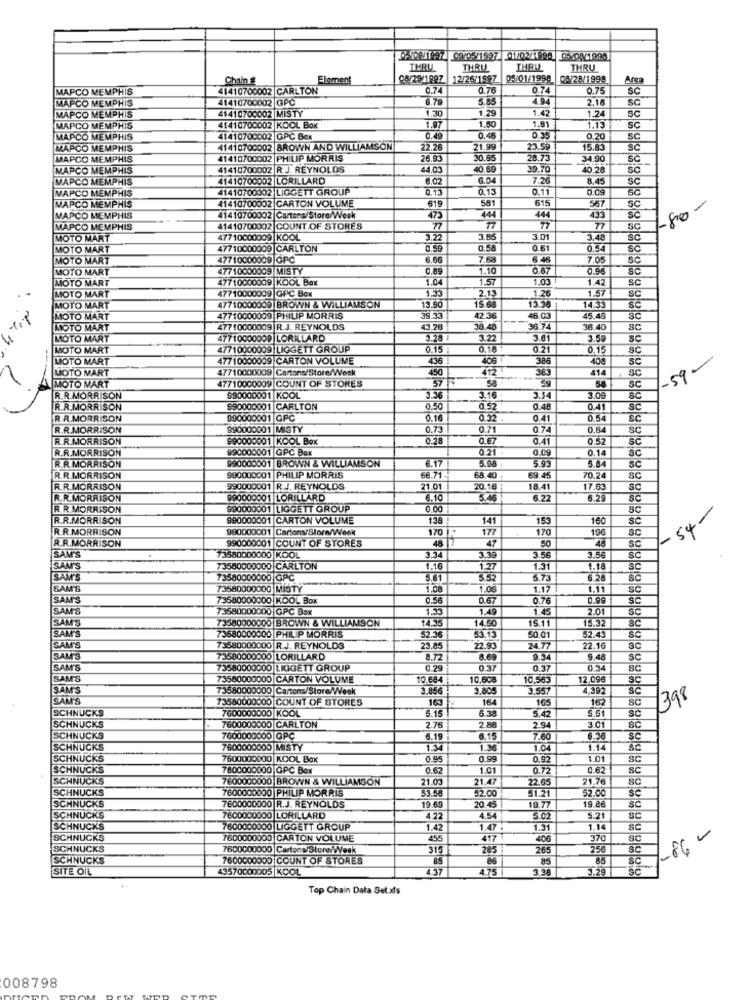
05108/1997 0005/1997 01/02/1998 05 94/1998
THRU
THRU
IMBU
THRU
Chain &
Element
08/29/1997
12/26/1997
05/01/1998 |05/28/1998
Arsa
MAPCO MEMPHIS
41410700002 CARLTON
0.74
0.76
0.74
0.75
SC
MAPCO MEMPHIS
41410700002 GPC
6.79
5.8
4.94
2.18
SC
1.30
1.29
1.42
1.24
MAPCO MEMPHIS
41410700002 MISTY
1.50
Sc
MAPCO MEMPHIS
41410700002 KOOL BOK
1.97
1.81
1.13
SC
MAPCO MEMPHIS
41410700002 GPC Bex
0.49
0.4
0.35
0.20
SC
MAPCO MEMPHIS
41410700002 BROWN AND WILLIAMSON
22.26
21.99
23.59
15.83
SC
MAPCO MEMPHIS
41410700002 PHILIP MORRIS
26.93
30.65
28.73
34.90
SC
MAPCO MEMPHIS
41410700002 R.J. REYNOLDS
44.03
39.70
40.28
sc
MAPCO MEMPHIS
41410700002 LORILLARD
8.02
6.04
7.26
8,45
SC
MAPCO MEMPHIS
41410700002 LIGGETT GROUP
0.13
0.11
0.09
MAPCO MEMPHIS
615
581
615
567
Sc
41410700002 CARTON VOLUME
-80 -
MAPCO MEMPHIS
41410700002 Cartons/Store/Week
473
444
444
433
Sc
MAPCO MEMPHIS
41410700002 COUNT OF STORES
¥77
77
77
77
SC
MOTO MART
47710000009 KOOL
3.22
3.85
3.01
3.48
sc
MOTO MART
47710000009 CARLTON
3.58
0 61
0.54
SC
MOTO MART
47710000009 GPC
8,66
7.68
6.46
7.05
SC
MOTO MART
47710000009 |MISTY
0.49
1.10
0.87
0.96
SC
MOTO MART
47710000009 KOOL Bax
1.04
1.57
1.03
1.42
SC
MOTO MART
47710000009 GPC Box
1.33
2.13
1.26
1.57
SC
MOTO MART
47710000009 BROWN & WILLIAMSON
13.90
15.68
15.3
4.33
SC
MOTO MART
47710000009 PHILIP MORRIS
9.33
42.36
46.03
45.48
sc
MOTO MART
47710000009 |R.J. REYNOLDS
43.26
38.48
16.74
38.40
SC
MOTO MART
47710000009 LORILLARD
3.28 1
3.22
3.61
3.59
sc
MOTO MART
47710000009 |LIGGETT GROUP
0.15
0.16
0.21
0,15
SC
-
MOTO MART
47710000009 CARTON VOLUME
436
386
408
SC
MOTO MART
47710000009 Cartons/Store/Week
450
412
365
414
Sc
-59-
58
SC
MOTO MART
47710000009 COUNT OF STORES
R.R.MORRISON
990000001 KOOL
3.36
3.16
3.34
3.09
SC
R.R.MORRISON
990000001 CARLTON
0.50
0,52
0.48
SC
R R.MORRISON
990000001 GPC
0.16
0.32
0.41
0.54
SC
R.R.MORRISON
990000001 MISTY
0.73
0.71
074
0,84
SC
R.R.MORRISON
990000001 KOOL Box
0.28
0,67
0.41
0.52
SC
R.R.MORRISON
990000001 GPC Box
0.21 .
0.09
0.14
ac
990000001 BROWN & WILLIAMSON
6.17
5.88
5.93
5.84
R.R. MORRISON
69.45
SC
R.R. MORRISON
990000001 PHILIP MORRIS
66.71.
68.40
70.24
SC
R.R.MORRISON
990000001 R.J. REYNOLDS
21.01
20.16
18.41
17.63
SC
R.R.MORRISON
990000001 LORILLARD
6.10
5.46
6.22
6.29
sc
R.R.MORRISON
990000001 |LIGGETT GROUP
0.00
SC
54-
R.R.MORRISON
990000001 CARTON VOLUME
138 !
141
153
160
SC
R.R.MORRISON
990000001 Cartons/Store/Week
170
177
170
196
SC
R.R.MORRISON
990000001 COUNT OF STORES
48. 7
47
50
48
SC
SAM'S
73580000000 KOOL
3.34
3.39
3.56
3.56
SC
SAM'S
73580000000 CARLTON
1.16
1.27
1.31
1.18
SC
SAM'S
73580000000 GPC
5.61
5.52
5.73
6.28
SC
SAM'S
73580000000 MISTY
1.08
1.06
1.17
1.11
SC
SAM'S
73580000000 KOOL Box
0.56
0.67
0.76
0.99
SC
SAM'S
73580000000 GPC Box
1.49
1.45
2.01
SC
SAM'S
73580000000 BROWN & WILLIAMSON
14.35
14.50
15.11
15.32
52.36
SC
SAM'S
73580000000 PHILIP MORRIS
83.73
50.01
52.43
SAM'S
73580000000 R.J. REYNOLDS
23.85
22.93
24.77
22.16
sc
SAM'S
73580000000 LORILLARD
8.72
8.69
9.34
9.48
SC
SAM'S
73580000000 LIGGETT GROUP
0.29
0.37
0.37
0.34
SC
SAM'S
73580000000 CARTON VOLUME
10.684
10.608
10.563
12.096
SC
SAM'S
73580000000 Cartons/Store/Wesk
3.856
3.80
3.551
4,392
SC
SAM'S
73580000000 COUNT OF STORES
16
164
165
162
SC
398
SCHNUCKS
7600000000 KOOL
5.15
5.38
5.42
5.51
SC
2.76
2.88
SCHNUCKS
7600000000 CARLTON
2.94
3.01
SCHNUCKS
7600000000 GPC
6.19
6.15
7.60
6.36
SC
SCHNUCKS
7600000000 MISTY
1.3
1.96
1.04
1.14
SC
SCHNUCKS
7600000000 KOOL Box
0.95
199
0.92
1.01
SC
SCHNUCKS
7600000000 GPC Box
0.62
1.01
0,72
0 62
sc
SCHNUCKS
7600000000 BROWN & WILLIAMSON
21.03
21.47
22.05
21.76
SC
SCHNUCKS
7600000000 PHILIP MORRIS
$2.00
51.21
52.00
SC
19.69
SCHNUCKS
7600000000 R.J. REYNOLDS
20.45
19.77
19.26
SC
SCHNUCKS
7600000000 LORILLARD
4.22
4.54
5.02
5.21
SC
SCHNUCKS
7600000000 LIGGETT GROUP
1.42
1.47
1.31
1.14
SC
SCHNUCKS
7600000000 CARTON VOLUME
455
417 !
406
770
SC
SCHNUCKS
7600000000 Cartons/Store/Week
315
285
265
250
SC
-86
SCHNUCKS
7600000000 COUNT OF STORES
85
86
85
85
SC
SITE OIL
43570000005 |KOOL
4.37
4.75
3.38
3.29
Top Chain Data Set.xls
008798